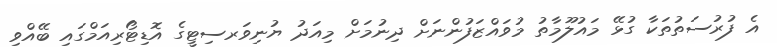
އެ ފުރުސަތުތަކާ ގުޅޭ މައުލޫމާތު މުވައްޒަފުންނަށް ދިނުމަށް މިއަދު ޔުނިވަރސިޓީގެ އޮޑިޓޯރިއަމްގައި ބޭއްވި